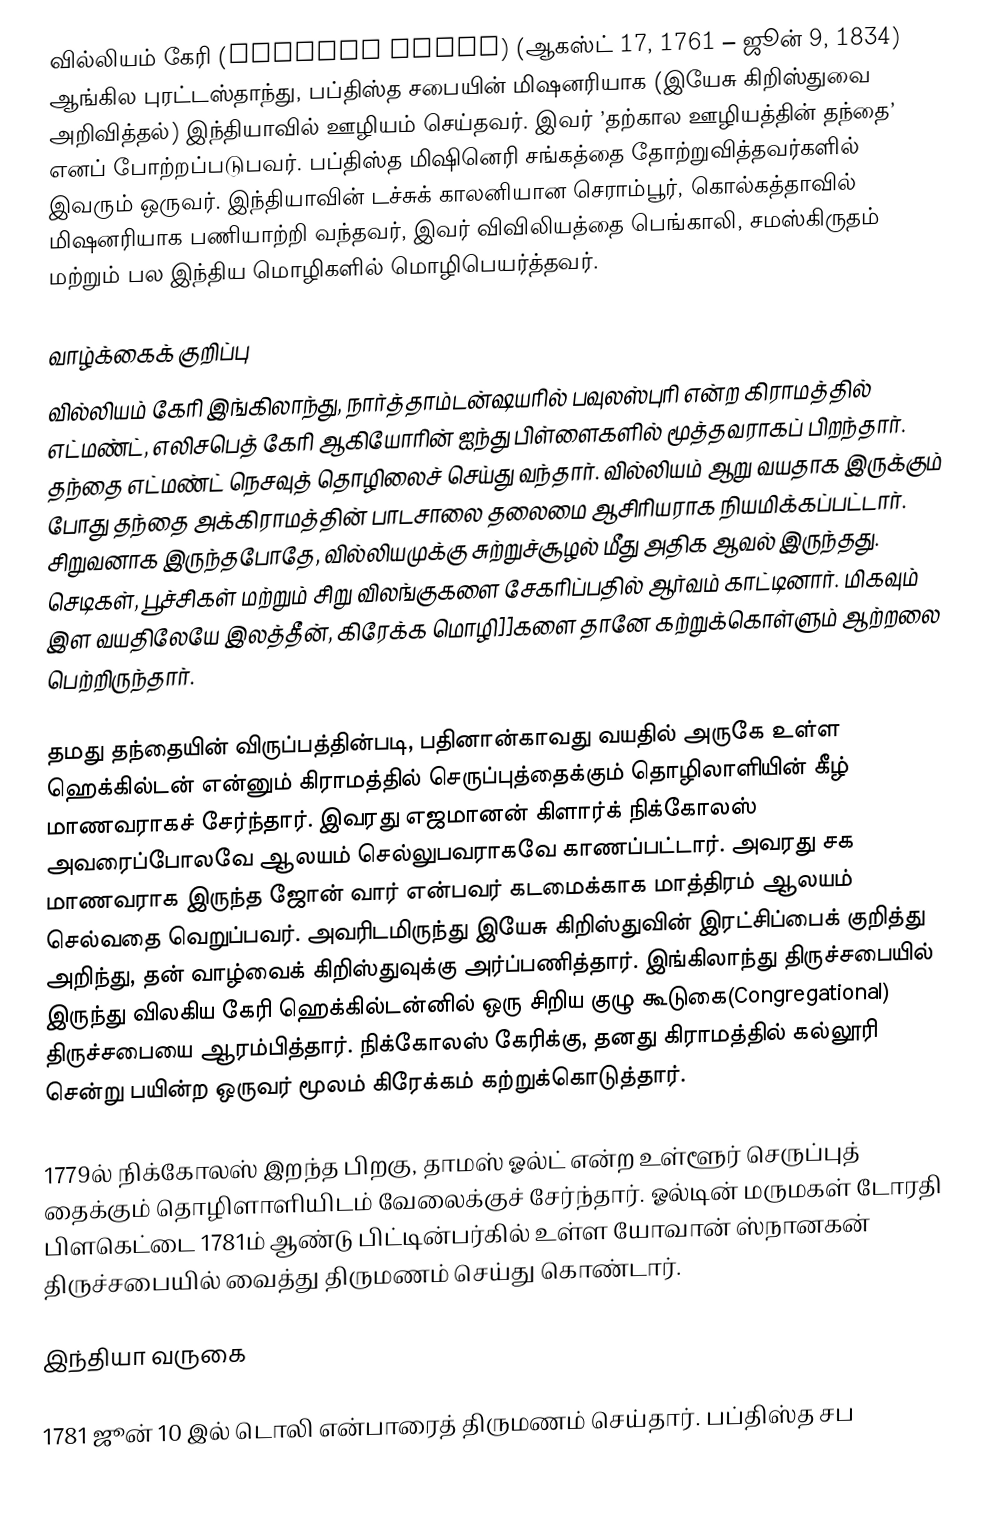
வில்லியம் கேரி (William Carey) (ஆகஸ்ட் 17, 1761 – ஜூன் 9, 1834) ஆங்கில புரட்டஸ்தாந்து, பப்திஸ்த சபையின் மிஷனரியாக (இயேசு கிறிஸ்துவை அறிவித்தல்) இந்தியாவில் ஊழியம் செய்தவர்.  இவர்  ’தற்கால ஊழியத்தின் தந்தை’ எனப் போற்றப்படுபவர். பப்திஸ்த மிஷினெரி சங்கத்தை தோற்றுவித்தவர்களில் இவரும் ஒருவர். இந்தியாவின் டச்சுக் காலனியான செராம்பூர், கொல்கத்தாவில் மிஷனரியாக பணியாற்றி வந்தவர், இவர் விவிலியத்தை பெங்காலி, சமஸ்கிருதம் மற்றும் பல இந்திய மொழிகளில் மொழிபெயர்த்தவர்.

வாழ்க்கைக் குறிப்பு
வில்லியம் கேரி இங்கிலாந்து, நார்த்தாம்டன்ஷயரில் பவுலஸ்புரி என்ற கிராமத்தில் எட்மண்ட், எலிசபெத் கேரி ஆகியோரின் ஐந்து பிள்ளைகளில் மூத்தவராகப் பிறந்தார். தந்தை எட்மண்ட் நெசவுத் தொழிலைச் செய்து வந்தார். வில்லியம் ஆறு வயதாக இருக்கும் போது தந்தை அக்கிராமத்தின் பாடசாலை தலைமை ஆசிரியராக நியமிக்கப்பட்டார். சிறுவனாக இருந்தபோதே, வில்லியமுக்கு சுற்றுச்சூழல் மீது அதிக ஆவல் இருந்தது. செடிகள், பூச்சிகள் மற்றும் சிறு விலங்குகளை சேகரிப்பதில் ஆர்வம் காட்டினார். மிகவும் இள வயதிலேயே இலத்தீன், கிரேக்க மொழி]]களை தானே கற்றுக்கொள்ளும் ஆற்றலை பெற்றிருந்தார்.

தமது தந்தையின் விருப்பத்தின்படி, பதினான்காவது வயதில் அருகே உள்ள ஹெக்கில்டன் என்னும் கிராமத்தில் செருப்புத்தைக்கும் தொழிலாளியின் கீழ் மாணவராகச் சேர்ந்தார்.  இவரது எஜமானன் கிளார்க் நிக்கோலஸ் அவரைப்போலவே ஆலயம் செல்லுபவராகவே காணப்பட்டார்.   அவரது சக மாணவராக இருந்த ஜோன் வார் என்பவர் கடமைக்காக மாத்திரம் ஆலயம் செல்வதை வெறுப்பவர்.  அவரிடமிருந்து இயேசு கிறிஸ்துவின் இரட்சிப்பைக் குறித்து அறிந்து, தன் வாழ்வைக் கிறிஸ்துவுக்கு அர்ப்பணித்தார். இங்கிலாந்து திருச்சபையில் இருந்து விலகிய கேரி ஹெக்கில்டன்னில் ஒரு சிறிய குழு கூடுகை(Congregational) திருச்சபையை ஆரம்பித்தார்.  நிக்கோலஸ் கேரிக்கு, தனது கிராமத்தில் கல்லூரி சென்று பயின்ற ஒருவர் மூலம் கிரேக்கம் கற்றுக்கொடுத்தார்.

1779ல் நிக்கோலஸ் இறந்த பிறகு, தாமஸ் ஓல்ட் என்ற உள்ளூர் செருப்புத் தைக்கும் தொழிளாளியிடம் வேலைக்குச் சேர்ந்தார். ஓல்டின் மருமகள் டோரதி பிளகெட்டை 1781ம் ஆண்டு பிட்டின்பர்கில் உள்ள யோவான் ஸ்நானகன் திருச்சபையில் வைத்து திருமணம் செய்து கொண்டார்.

இந்தியா வருகை

1781 ஜூன் 10 இல் டொலி என்பாரைத் திருமணம் செய்தார். பப்திஸ்த சப